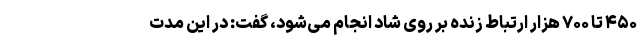
۴۵۰ تا ۷۰۰ هزار ارتباط زنده بر روی شاد انجام می‌شود، گفت: در این مدت